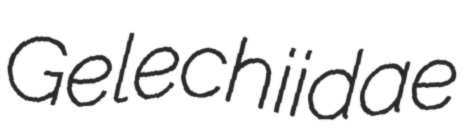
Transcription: Gelechiidae